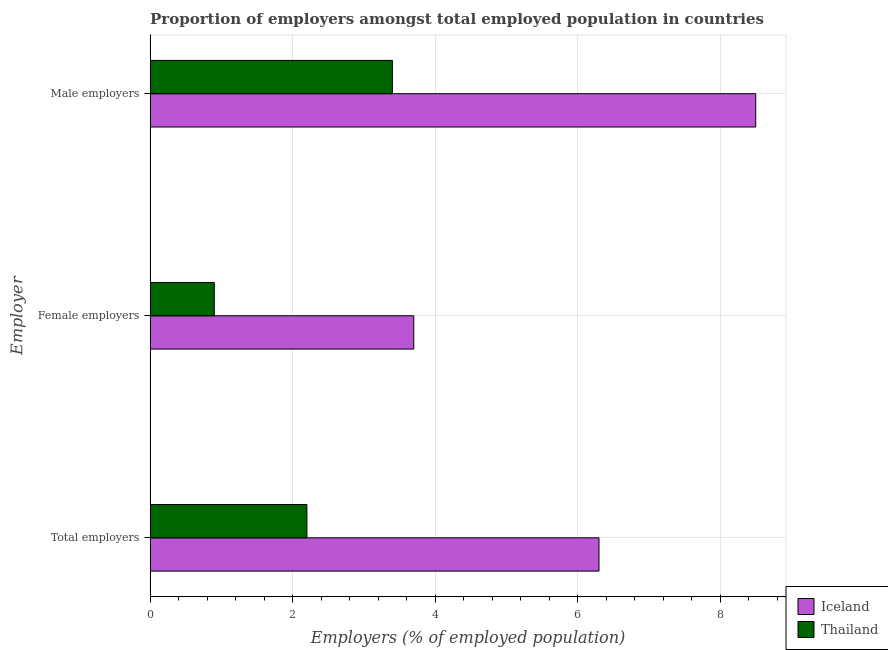
| Employer | Iceland | Thailand |
 | --- | --- | --- |
 | Total employers | 6.3 | 2.2 |
 | Female employers | 3.7 | 0.9 |
 | Male employers | 8.5 | 3.4 |